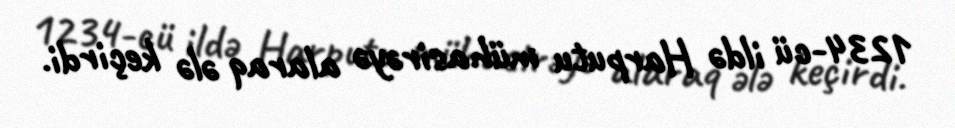
1234-cü ildə Harputu mühasirəyə alaraq ələ keçirdi.